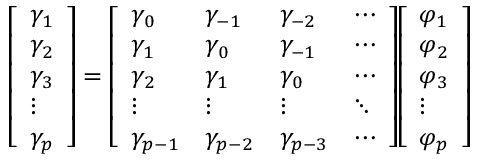
{ \left[ \begin{array} { l } { \gamma _ { 1 } } \\ { \gamma _ { 2 } } \\ { \gamma _ { 3 } } \\ { \vdots } \\ { \gamma _ { p } } \end{array} \right] } = { \left[ \begin{array} { l l l l } { \gamma _ { 0 } } & { \gamma _ { - 1 } } & { \gamma _ { - 2 } } & { \cdots } \\ { \gamma _ { 1 } } & { \gamma _ { 0 } } & { \gamma _ { - 1 } } & { \cdots } \\ { \gamma _ { 2 } } & { \gamma _ { 1 } } & { \gamma _ { 0 } } & { \cdots } \\ { \vdots } & { \vdots } & { \vdots } & { \ddots } \\ { \gamma _ { p - 1 } } & { \gamma _ { p - 2 } } & { \gamma _ { p - 3 } } & { \cdots } \end{array} \right] } { \left[ \begin{array} { l } { \varphi _ { 1 } } \\ { \varphi _ { 2 } } \\ { \varphi _ { 3 } } \\ { \vdots } \\ { \varphi _ { p } } \end{array} \right] }